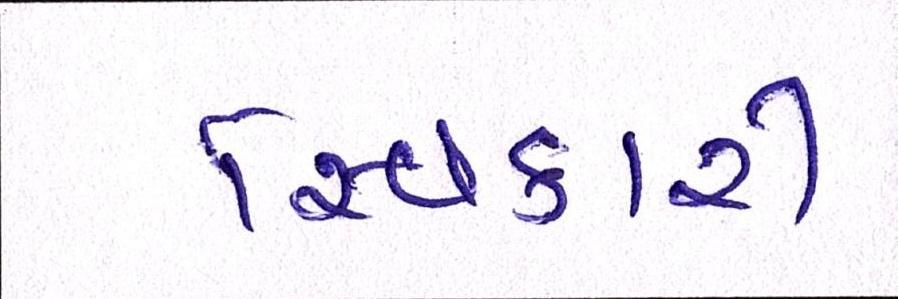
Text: સ્વિકારી